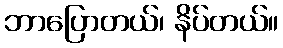
ဘာပြောတယ်၊ နိပ်တယ်။